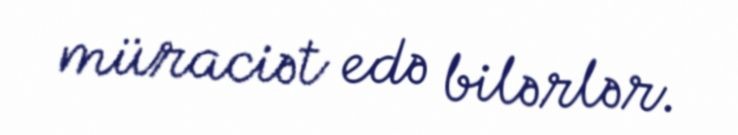
müraciət edə bilərlər.